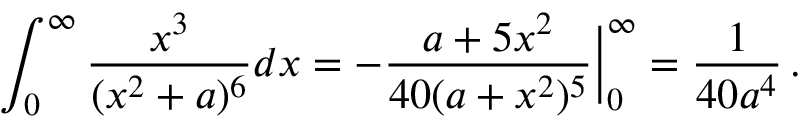
\int _ { 0 } ^ { \infty } \frac { x ^ { 3 } } { ( x ^ { 2 } + a ) ^ { 6 } } d x = - \frac { a + 5 x ^ { 2 } } { 4 0 ( a + x ^ { 2 } ) ^ { 5 } } \bigg \vert _ { 0 } ^ { \infty } = \frac { 1 } { 4 0 a ^ { 4 } } \, .